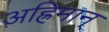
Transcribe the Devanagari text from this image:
अह्रिमान्